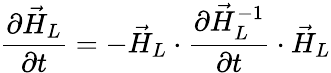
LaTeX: \frac{\partial\vec{H}_{L}}{\partial t}=-\vec{H}_{L}\cdot\frac{\partial\vec{H}_{L}^{-1}}{\partial t}\cdot\vec{H}_{L}